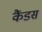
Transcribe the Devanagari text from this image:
कैंडस